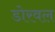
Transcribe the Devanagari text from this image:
डोरवल